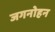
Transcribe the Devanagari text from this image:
जगनोहन